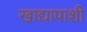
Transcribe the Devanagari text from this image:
खाद्यापाशी